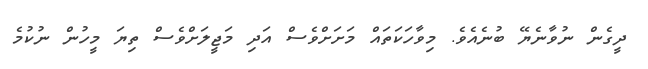
ދީގެން ނުވާނެޔޭ ބުނެއެވެ. މިވާހަކަތައް މަށަށްވެސް އަދި މަޖީލަށްވެސް ތިޔަ މީހުން ނުކުމެ